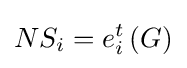
NS_{i}=e_{i}^{t}\left(G\right)